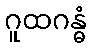
ဂူထဂန္ဓံ